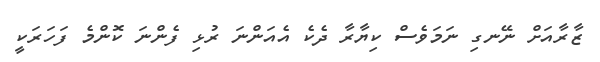
ޒާރާއަށް ނޭނގި ނަމަވެސް ކިޔާރާ ދެކެ އެއަންނަ ރުޅި ފެންނަ ކޮންމެ ފަހަރަކީ